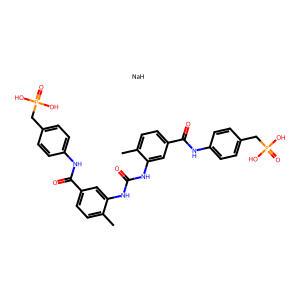
SMILES: Cc1ccc(C(=O)Nc2ccc(CP(=O)(O)O)cc2)cc1NC(=O)Nc1cc(C(=O)Nc2ccc(CP(=O)(O)O)cc2)ccc1C.[NaH]
Inhibits HIV replication: No